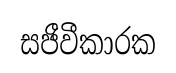
සජීවීකාරක